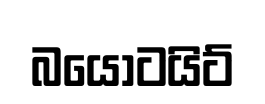
බයෝටයිට්